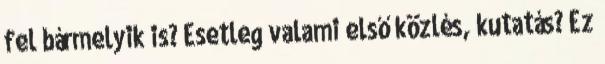
fel bármelyik is? Esetleg valami első közlés, kutatás? Ez